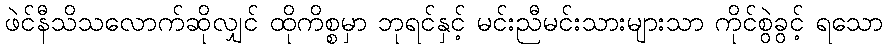
ဖဲင်နီသိသလောက်ဆိုလျှင် ထိုကိစ္စမှာ ဘုရင်နှင့် မင်းညီမင်းသားများသာ ကိုင်စွဲခွင့် ရသော